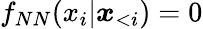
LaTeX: f_{NN}(x_{i}|\boldsymbol x_{<i})=0